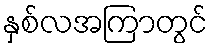
နှစ်လအကြာတွင်